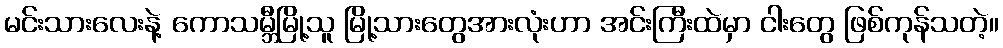
မင်းသားလေးနဲ့ ကောသမ္ဘီမြို့သူ မြို့သားတွေအားလုံးဟာ အင်းကြီးထဲမှာ ငါးတွေ ဖြစ်ကုန်သတဲ့။